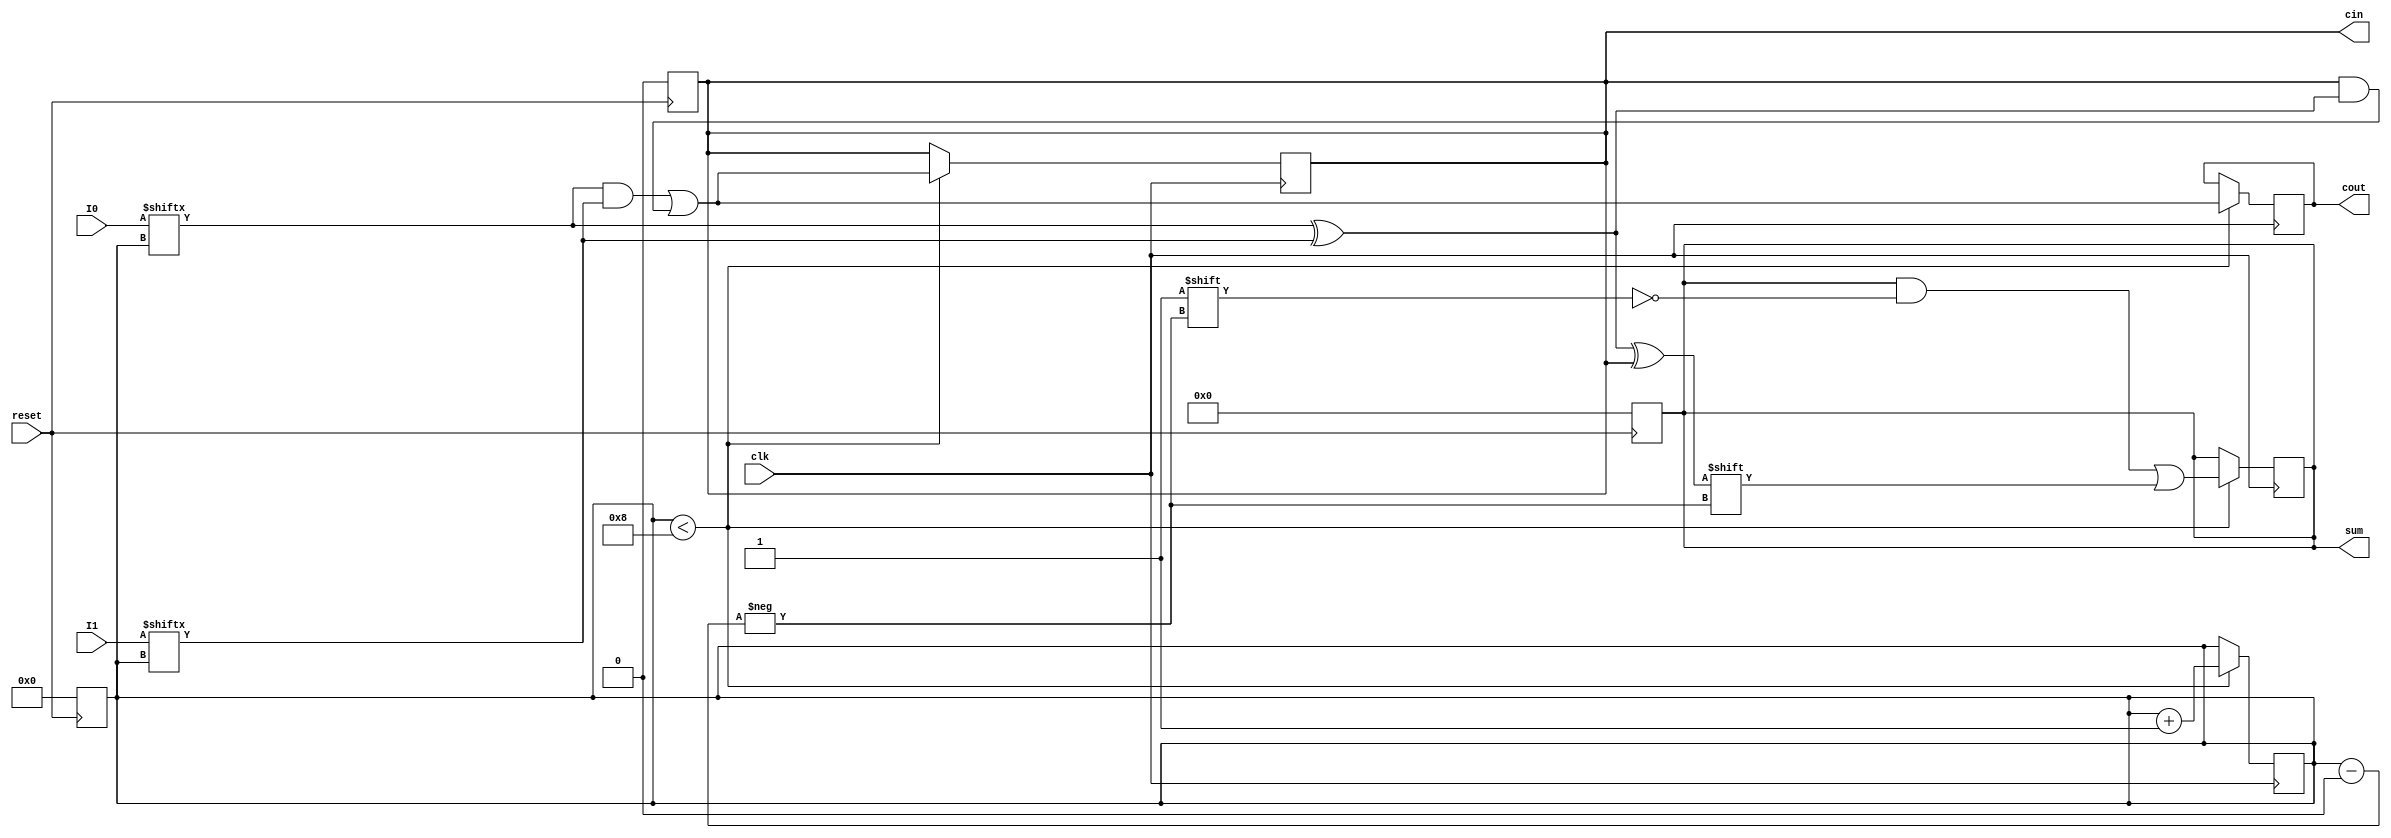
`timescale 1ns / 1ps
//////////////////////////////////////////////////////////////////////////////////
// Company: 
// Engineer: 
// 
// Design Name: 
// Module Name: bit_serial_adder
// Project Name: 
// Target Devices: 
// Tool Versions: 
// Description: 
// 
// Dependencies: 
// 
// Revision:
// Revision 0.01 - File Created
// Additional Comments:
// 
//////////////////////////////////////////////////////////////////////////////////

// Assignment - 2
// Problem  - 3
// Semester Aut - 2020 
// Group - 53
// Name_1 : Hardik Aggarwal 
// Roll_1 : 18CS10021
// Name_2 : Sriyash Poddar
// Roll_2 : 18CS30040

module bit_serial_adder ( //8 bit serial adder
    input clk,reset,
    input [7:0]I0,
    input [7:0]I1,
    output reg cin,
    output reg [7:0]sum,
    output reg cout
);
    reg [3:0]count;
    always @(posedge reset) begin
        sum=8'b00000000; // reset the values
        cin=0;
        count=4'b0000;
    end
    
    always @(posedge clk) begin
        if(count < 4'b1000) begin
            sum[count] = I0[count] ^ I1[count] ^ cin; // SUM
            cout = (I0[count] & I1[count]) | (cin & (I0[count] ^ I1[count])); //CARRY
            cin = cout; // PROPAGATING CARRY
            count = count+1; //INCREASING COUNTER 
        end
    end
endmodule